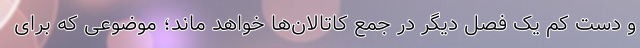
و دست کم یک فصل دیگر در جمع کاتالان‌ها خواهد ماند؛ موضوعی که برای